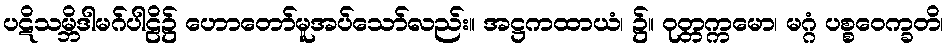
ပဋိသမ္ဘိဒါမဂ်ပါဠိ၌ ဟောတော်မူအပ်သော်လည်း။ အဋ္ဌကထာယံ၊ ၌။ ဝုတ္တက္ကမော၊ မဂ္ဂံ ပစ္စဝေက္ခတိ၊